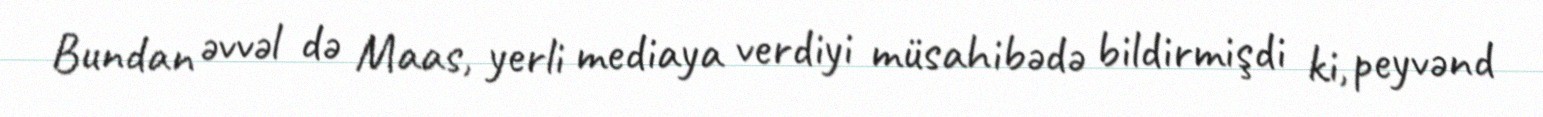
Bundan əvvəl də Maas, yerli mediaya verdiyi müsahibədə bildirmişdi ki, peyvənd